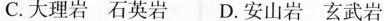
C.大理岩石英岩D.安山岩玄武岩